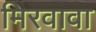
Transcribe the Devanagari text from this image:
मिरवावा